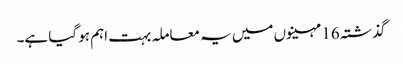
گذشتہ 16 مہینوں میں یہ معاملہ بہت اہم ہو گیا ہے۔